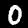
Label: 0